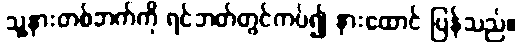
သူ့နားတစ်ဘက်ကို ရင်ဘတ်တွင်ကပ်၍ နားထောင် ပြန်သည်။